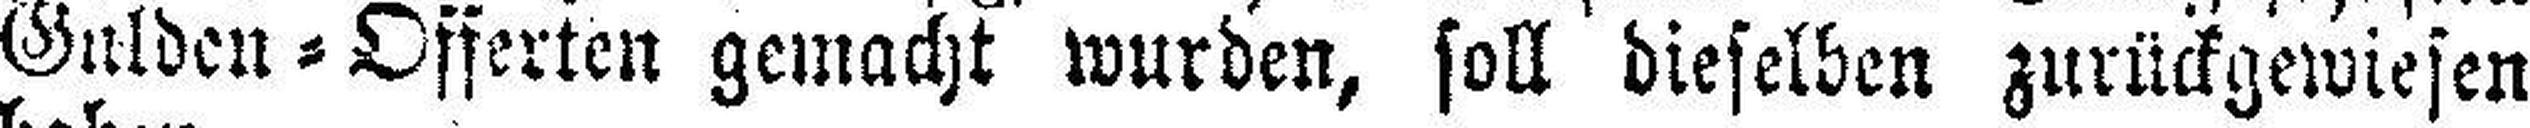
Gulden=Offerten gemacht wurden, soll dieselben zurückgewiesen